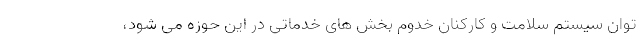
توان سیستم سلامت و کارکنان خدوم بخش های خدماتی در این حوزه می شود،